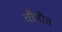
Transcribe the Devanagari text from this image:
चौथीत